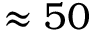
\approx 5 0